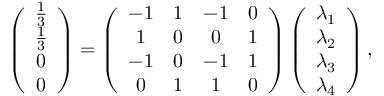
\left( \begin{array} { c } { \frac { 1 } { 3 } } \\ { \frac { 1 } { 3 } } \\ { 0 } \\ { 0 } \end{array} \right) = \left( \begin{array} { c c c c } { - 1 } & { 1 } & { - 1 } & { 0 } \\ { 1 } & { 0 } & { 0 } & { 1 } \\ { - 1 } & { 0 } & { - 1 } & { 1 } \\ { 0 } & { 1 } & { 1 } & { 0 } \end{array} \right) \left( \begin{array} { c } { \lambda _ { 1 } } \\ { \lambda _ { 2 } } \\ { \lambda _ { 3 } } \\ { \lambda _ { 4 } } \end{array} \right) ,